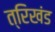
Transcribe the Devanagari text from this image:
त्रिखंड